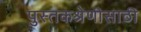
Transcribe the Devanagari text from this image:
पुस्तकश्रेणीसाठी